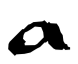
Text: a
Cross-out: clean
Writing tool: digital_black